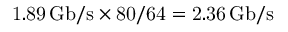
\mathrm { 1 . 8 9 \, G b / s \times 8 0 / 6 4 = 2 . 3 6 \, G b / s }